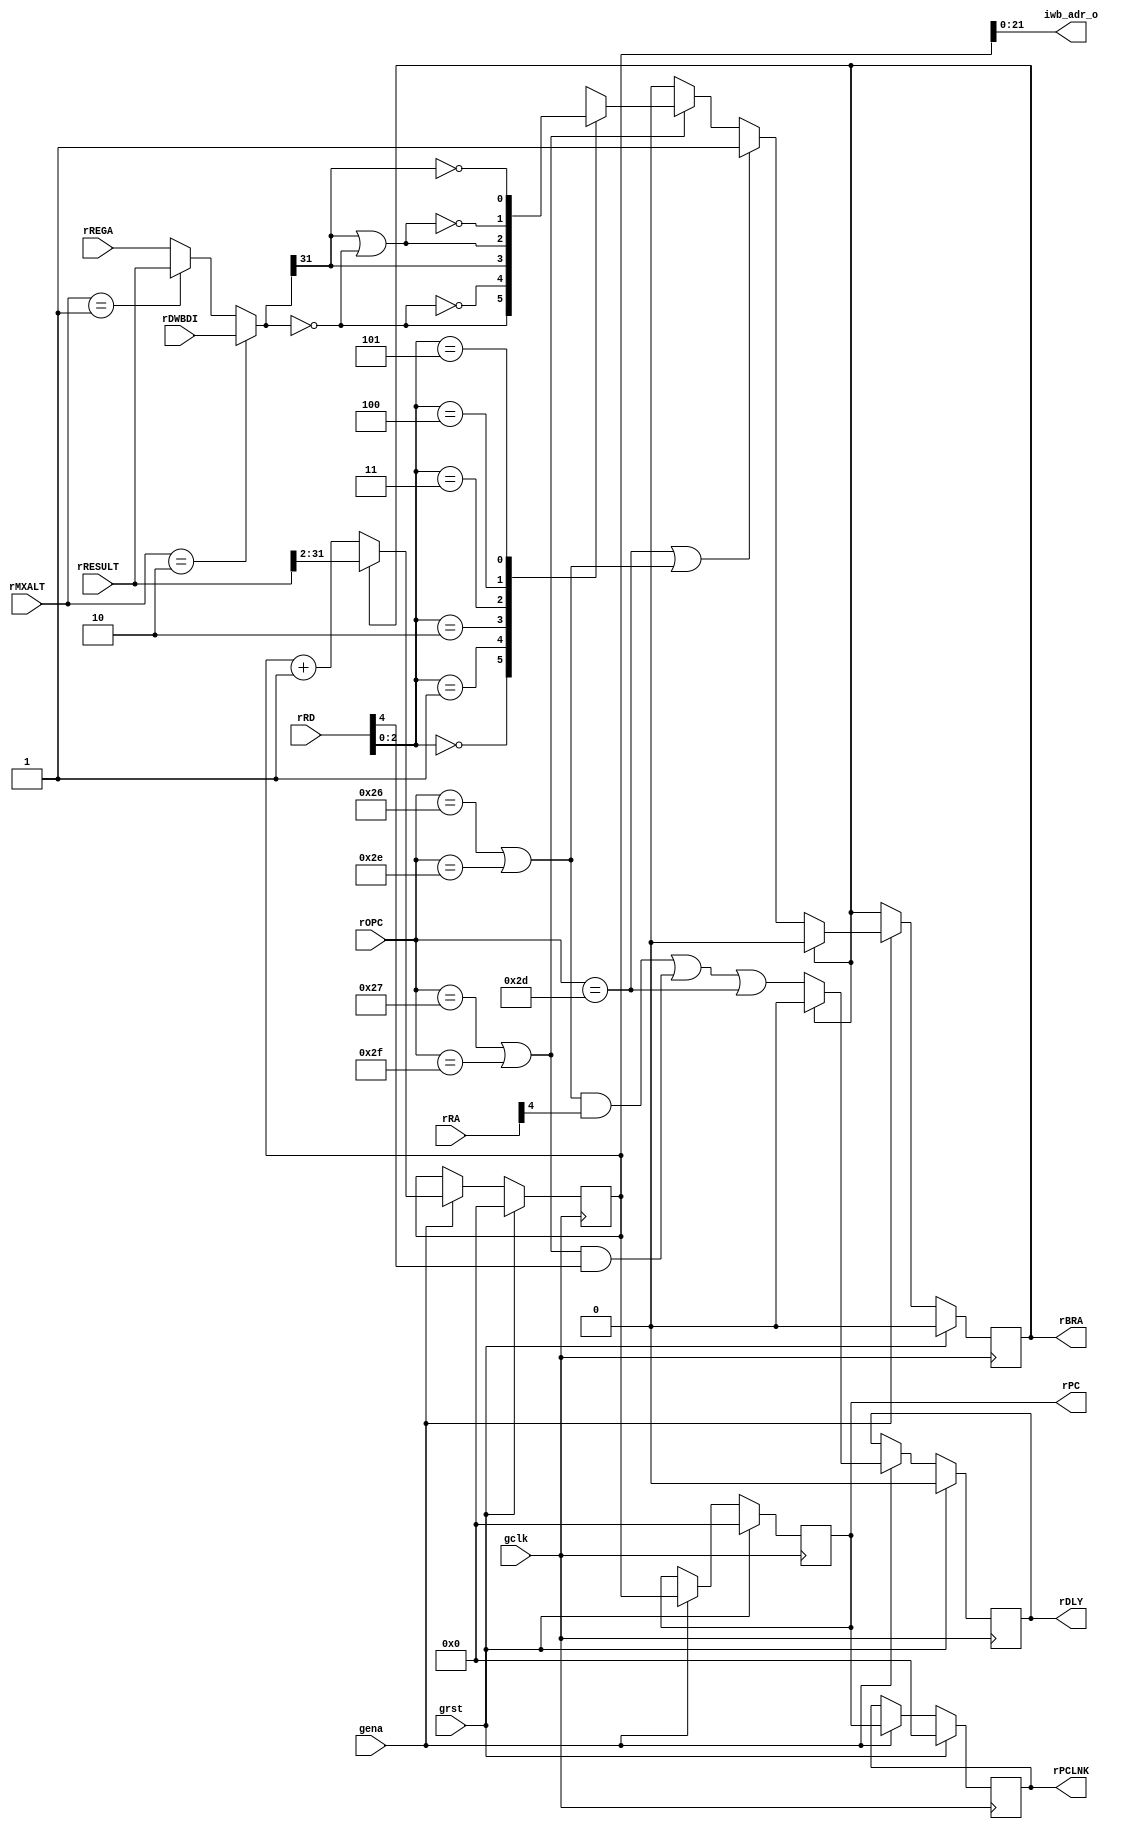
module aeMB_bpcu_1 (
   iwb_adr_o, rPC, rPCLNK, rBRA, rDLY,
   rMXALT, rOPC, rRD, rRA, rRESULT, rDWBDI, rREGA, gclk, grst, gena
   );
   parameter IW = 24;
   output [IW-1:2] iwb_adr_o;
   output [31:2]   rPC, rPCLNK;
   output 	   rBRA;
   output 	   rDLY;
   input [1:0] 	   rMXALT;   
   input [5:0] 	   rOPC;
   input [4:0] 	   rRD, rRA;  
   input [31:0]    rRESULT; 
   input [31:0]    rDWBDI; 
   input [31:0]    rREGA;
   input 	   gclk, grst, gena;
   wire 	   fRTD = (rOPC == 6'o55);
   wire 	   fBCC = (rOPC == 6'o47) | (rOPC == 6'o57);
   wire 	   fBRU = (rOPC == 6'o46) | (rOPC == 6'o56);
   wire [31:0] 	   wREGA;
   assign 	   wREGA = (rMXALT == 2'o2) ? rDWBDI :
			   (rMXALT == 2'o1) ? rRESULT :
			   rREGA;   
   wire 	   wBEQ = (wREGA == 32'd0);
   wire 	   wBNE = ~wBEQ;
   wire 	   wBLT = wREGA[31];
   wire 	   wBLE = wBLT | wBEQ;   
   wire 	   wBGE = ~wBLT;
   wire 	   wBGT = ~wBLE;   
   reg 		   xXCC;
   always @(rRD or wBEQ or wBGE or wBGT or wBLE or wBLT
	    or wBNE)
     case (rRD[2:0])
       3'o0: xXCC <= wBEQ;
       3'o1: xXCC <= wBNE;
       3'o2: xXCC <= wBLT;
       3'o3: xXCC <= wBLE;
       3'o4: xXCC <= wBGT;
       3'o5: xXCC <= wBGE;
       default: xXCC <= 1'bX;
     endcase 
   reg 		   rBRA, xBRA;
   reg 		   rDLY, xDLY;
   wire 	   fSKIP = rBRA & !rDLY;   
   always @(fBCC or fBRU or fRTD or rBRA or rRA or rRD
	    or xXCC)
     if (rBRA) begin
	xBRA <= 1'h0;
	xDLY <= 1'h0;
     end else begin
	xDLY <= (fBRU & rRA[4]) | (fBCC & rRD[4]) | fRTD;      
	xBRA <= (fRTD | fBRU) ? 1'b1 :
		(fBCC) ? xXCC :
		1'b0;
     end
   reg [31:2] 	   rIPC, xIPC;
   reg [31:2] 	   rPC, xPC;
   reg [31:2] 	   rPCLNK, xPCLNK;
   assign 	   iwb_adr_o = rIPC[IW-1:2];
   always @(rBRA or rIPC or rPC or rRESULT) begin
      xPCLNK <= rPC;
      xPC <= rIPC;
      xIPC <= (rBRA) ? rRESULT[31:2] : (rIPC + 1);
   end   			   
   wire 	wIMM = (rOPC == 6'o54) & !fSKIP;
   wire 	wRTD = (rOPC == 6'o55) & !fSKIP;
   wire 	wBCC = xXCC & ((rOPC == 6'o47) | (rOPC == 6'o57)) & !fSKIP;
   wire 	wBRU = ((rOPC == 6'o46) | (rOPC == 6'o56)) & !fSKIP;   
   wire 	fATOM = ~(wIMM | wRTD | wBCC | wBRU | rBRA);   
   reg [1:0] 	rATOM, xATOM;
   always @(fATOM or rATOM)
     xATOM <= {rATOM[0], (rATOM[0] ^ fATOM)};   
   always @(posedge gclk)
     if (grst) begin
	rATOM <= 2'h0;
	rBRA <= 1'h0;
	rDLY <= 1'h0;
	rIPC <= 30'h0;
	rPC <= 30'h0;
	rPCLNK <= 30'h0;
     end else if (gena) begin
	rIPC <= #1 xIPC;
	rBRA <= #1 xBRA;
	rPC <= #1 xPC;
	rPCLNK <= #1 xPCLNK;
	rDLY <= #1 xDLY;
	rATOM <= #1 xATOM;	
     end
endmodule